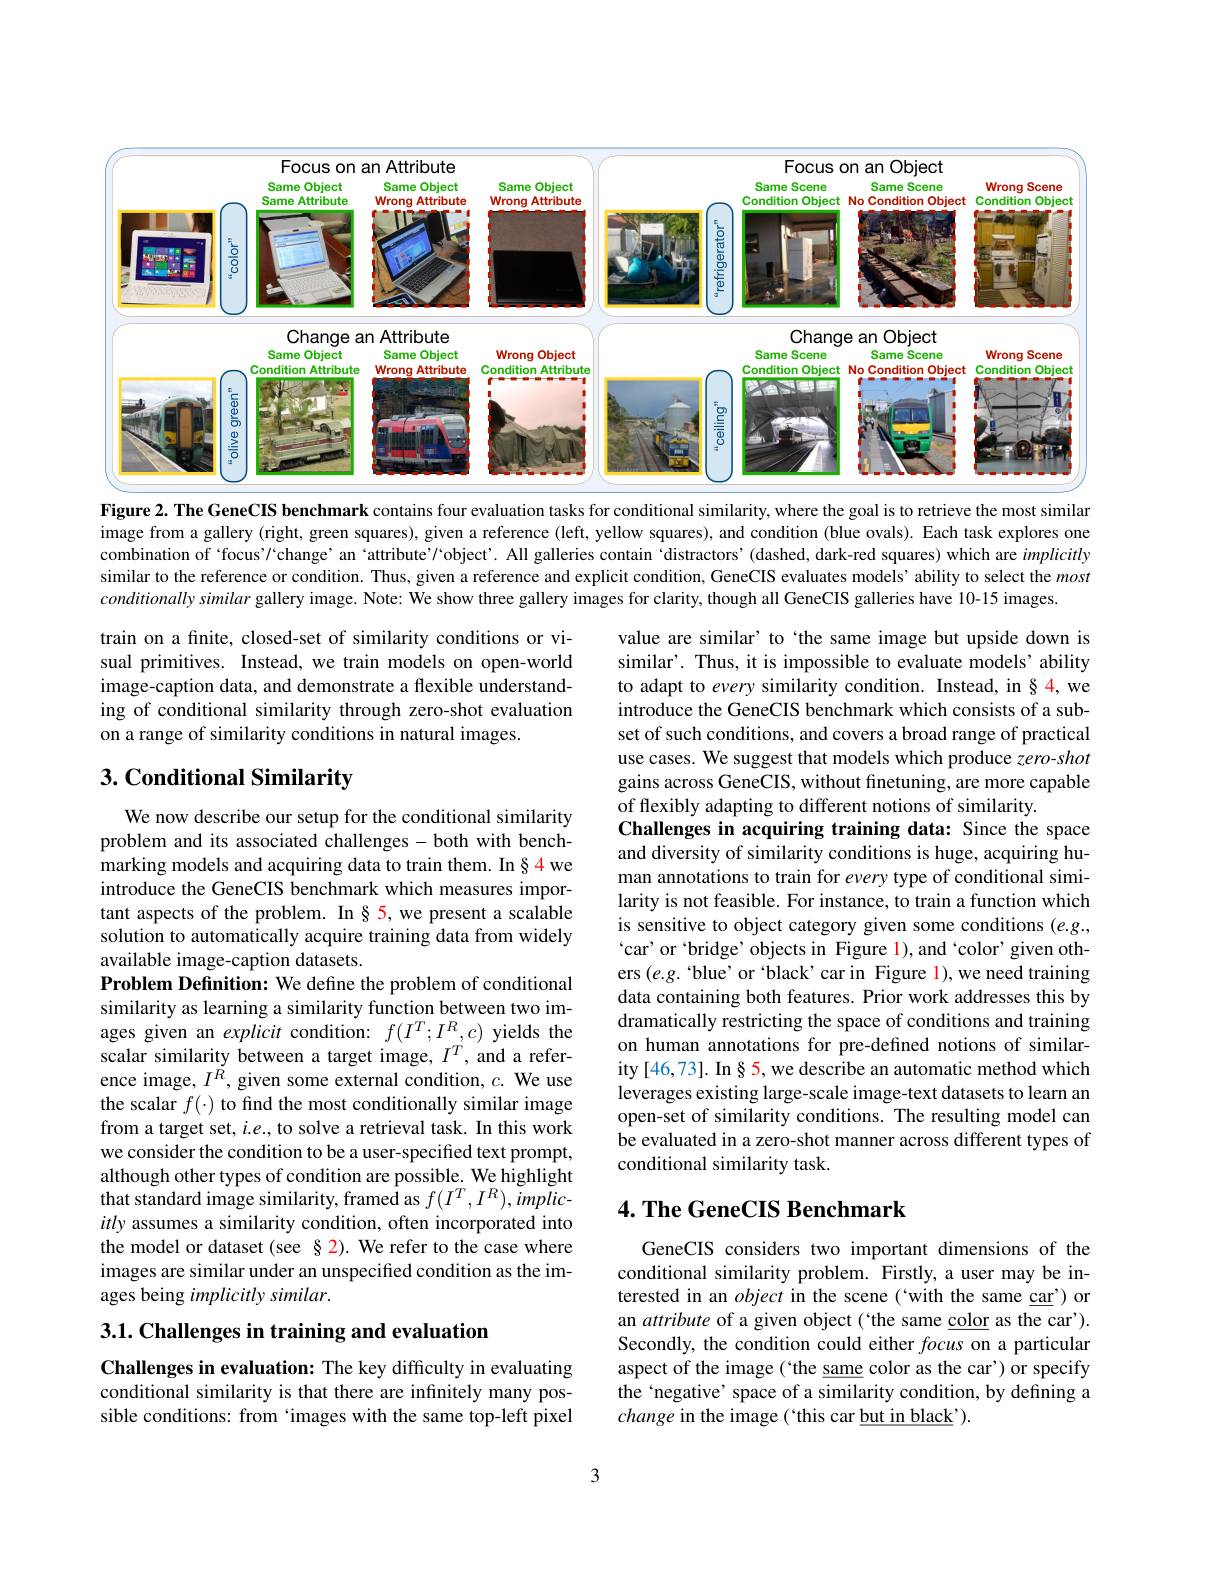
<FigureHere>
Figure 2. The GeneCIS benchmark contains four evaluation tasks for conditional similarity, where the goal is to retrieve the most similar

image from a gallery (right, green squares), given a reference (left, yellow squares), and condition (blue ovals). Each task explores one combination of `focus'/'change’an `attribute’/`object’. All galleries contain ‘distractors’(dashed, dark-red squares) which are implicitly similar to the reference or condition. Thus, given a reference and explicit condition, GeneCIS evaluates models' ability to select the most conditionallysimilar gallery image. Note: We show three gallery images for clarity, though all GeneCIS galleries have 10-15 images.

train on a finite, closed-set of similarity conditions or visual primitives. Instead, we train models on open-world image-caption data, and demonstrate a flexible understanding of conditional similarity through zero-shot evaluation on a range of similarity conditions in natural images.

## 3. Conditional Similarity

value are similar' to ‘the same image but upside down is similar'. Thus, it is impossible to evaluate models’ ability to adapt to every similarity condition. Instead, in §4,we introduce the GeneCIS benchmark which consists of a subset of such conditions, and covers a broad range of practical use cases. We suggest that models which produce zero-shot gains across GeneCIS, without finetuning, are more capable of flexibly adapting to different notions of similarity.
Challenges in acquiring training data: Since the space and diversity of similarity conditions is huge, acquiring human annotations to train for every type of conditional similarity is not feasible. For instance, to train a function which is sensitive to object category given some conditions (e.g., 'car' or'bridge' objects in Figure l), and 'color' given others $(e.g.`$blue' or 'black' car in Figure l), we need training data containing both features. Prior work addresses this by dramatically restricting the space of conditions and training on human annotations for pre-defined notions of similarity [46,73]. In § 5, we describe an automatic method which leverages existing large-scale image-text datasets to learn an open-set of similarity conditions. The resulting model can be evaluated in a zero-shot manner across different types of conditional similarity task.

We now describe our setup for the conditional similarity problem and its associated challenges - both with benchmarking models and acquiring data to train them. In § 4 we introduce the GeneCIS benchmark which measures important aspects of the problem. In§ 5,we present a scalable solution to automatically acquire training data from widely available image-caption datasets.
Problem Definition: We define the problem of conditional similarity as learning a similarity function between two images given an explicit condition: $f(I^T;I^R,c)$ yields the scalar similarity between a target image, $I^T$, and a reference image, $I^{\tilde{R}}$, given some external condition, $c.$ We use the scalar $f(\cdot)$ to find the most conditionally similar image from a target set, $i.e.$, to solve a retrieval task. In this work we consider the condition to be a user-specified text prompt, although other types of condition are possible. We highlight that standard image similarity, framed as $f(I^T,I^R),implic-$ itly assumes a similarity condition, often incorporated into the model or dataset (see §2). We refer to the case where images are similar under an unspecified condition as the images being implicitly similar.

## $4. \textbf{ The GeneCIS Benchmark}$

3.1. Challenges in training and evaluation

GeneCIS considers two important dimensions of the conditional similarity problem. Firstly, a user may be interested in an object in the scene (`with the same car') or an attribute of a given object (`the same color as the car'). Secondly, the condition could either focus on a particular aspect of the image ( `the same color as the car') or specify the‘negative’ space of a similarity condition, by defining a change in the image (“this car but in black’).

Challenges in evaluation: The key difficulty in evaluating conditional similarity is that there are infinitely many possible conditions: from `images with the same top-left pixel

3